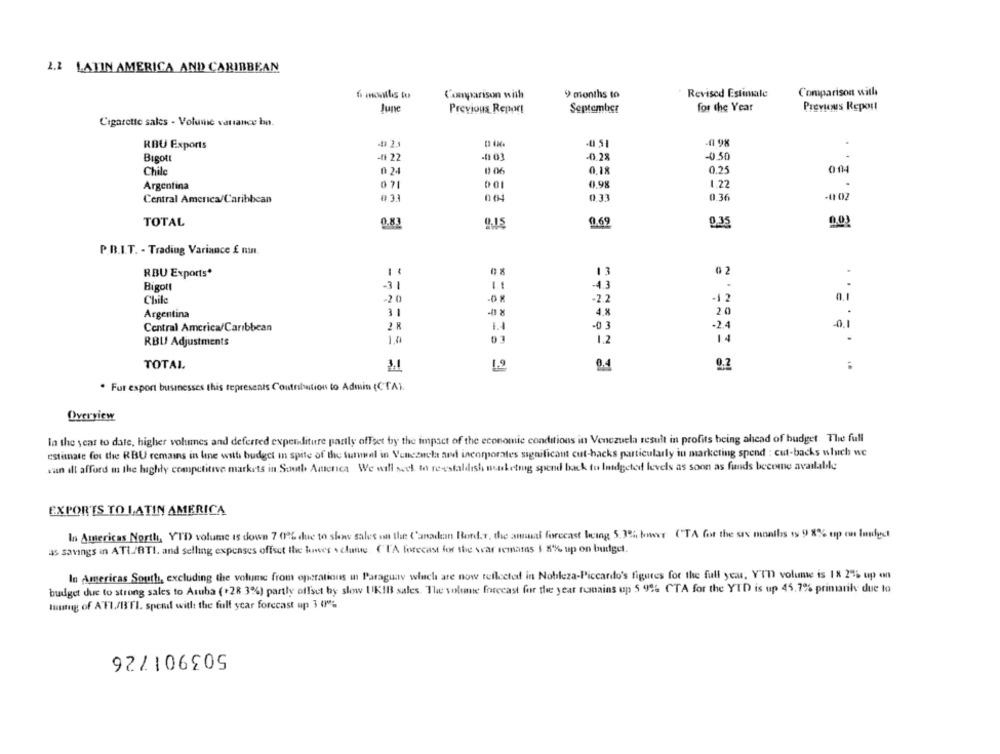
2.2 LATIN AMERICA AND CARIBBEAN
Comparison with
9 months to
Revised Estinale
Comparison with
June
Previous Report
September
for the Year
Previous Report
Cigarette sales - Volume variance ban.
RBU Exports
Bigot
-4+ 22
-0 03
-0.28
-0.50
Chile
0 24
13.06
0,18
0.25
00
Argentina
0.98
1.22
0.33
0.36
Central America/Caribbean
TOTAL
0.83
0.69
0.35
. . .. .. .
P.B.I.T. - Trading Variance £ mn.
13
0 2
RBU Exports*
.
Bigott
-31
-
-4.3
Chile
-20
-2.2
-12
0.1
Argentina
31
4.8
20
Central America/Caribbean
14
-0 3
0.1
1.2
RBU Adjustments
TOTAL
3.1
1.9
9.4
9.2
. Fur export businesses this represents Contribution to Admin (CTA).
Overview
la the year to date, higher volumes and deferred expenditure partly offset by the impact of the economic conditions in Venezuela result in profits being ahead of budget The full
estimate for the RBU remains in line with budget in spite of the turnwel in Venezuela sad incorporates significant cut-hacks particularly in marketing spend : cut-backs which we
van ilt afford in the highly competitive markets in South America We will seek to re-estaldlish masketing spend back to Indgeted levels as soon as funds become available
EXPORTS TO LATIN AMERICA
In Americas North, YTD volume is down 7 0% due to slow sales on the ('anadoan Bord.7, the ammal forecast being 5.3% bower (TA for the srs months is 9 8% up on Inget
as savings in ATI/BTI. and selling expenses offset the lives \ clue ("TA forecast for the war remains 1 8% up on budget.
In Americas South, excluding the volume from operations in Paraguay which are now reflected in Nobleza-Piccardo's figures for the full year, Y'T volume is 18 2% up on
budget due to strong sales to Aruba (+28 3%) partly offset by slow 1KIB sales. The volume forecast for the year fumains up 5 99% CTA for the YTD is up 45.7% primarike due to
tuumg of ATI/WIFI. spend with the full year forecast up 3 0%
92/106505